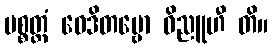
ပစ္စတ္တံ ဝေဒိတဗ္ဗော ဝိညူဟီ တိ။